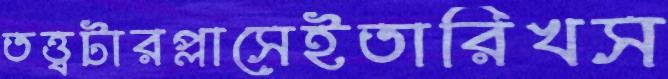
তত্ত্বটারপ্লাসেইতারিখস